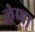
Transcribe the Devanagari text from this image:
लेप्‍चा